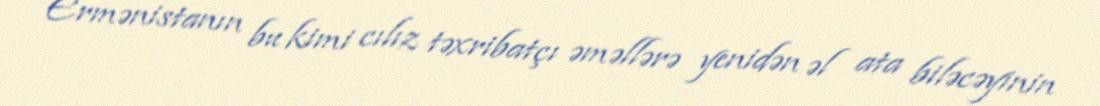
Ermənistanın bu kimi cılız təxribatçı əməllərə yenidən əl ata biləcəyinin